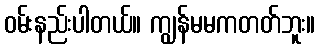
ဝမ်းနည်းပါတယ်။ ကျွန်မမကတတ်ဘူး။